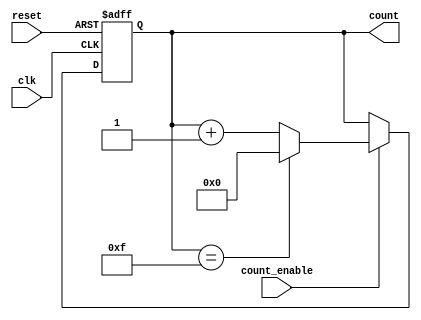
module async_counter #(
    parameter WIDTH = 4 // Number of bits (default: 4 bits for counts 0 to 15)
)(
    input wire clk,        // Clock input
    input wire reset,      // Asynchronous reset input
    input wire count_enable, // Count enable input
    output reg [WIDTH-1:0] count // Current count value
);

    // Always block for the counter logic
    always @(posedge clk or posedge reset) begin
        if (reset) begin
            count <= 0; // Reset the count to 0
        end else if (count_enable) begin
            if (count == (1 << WIDTH) - 1) begin
                count <= 0; // Wrap around when maximum count is reached
            end else begin
                count <= count + 1; // Increment the count
            end
        end
    end

endmodule